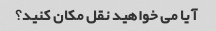
آیا می خواهید نقل مکان کنید؟